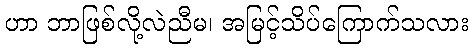
ဟာ ဘာဖြစ်လို့လဲညီမ၊ အမြင့်သိပ်ကြောက်သလား